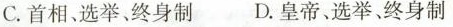
C.首相、选举、终身制 D.皇帝、选举、终身制